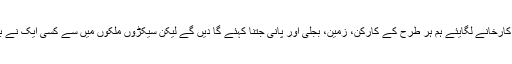
اور ہر جگہ جھولی پھیلائی کہ ہندوستان آکر کارخانے لگایئے ہم ہر طرح کے کارکن، زمین، بجلی اور پانی جتنا کہئے گا دیں گے لیکن سیکڑوں ملکوں میں سے کسی ایک نے بھی ہندوستان آنے کے بارے میں نہیں سوچا۔